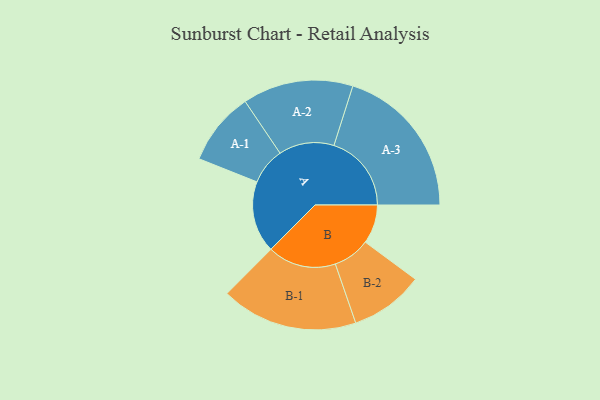
{"axis": {"x": "Segment", "y": "Value"}, "legend": ["", "A", "B"], "data": [{"x": "A", "y": 277, "type": ""}, {"x": "B", "y": 151, "type": ""}, {"x": "A-1", "y": 142, "type": "A"}, {"x": "A-2", "y": 214, "type": "A"}, {"x": "A-3", "y": 300, "type": "A"}, {"x": "B-1", "y": 265, "type": "B"}, {"x": "B-2", "y": 143, "type": "B"}]}